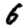
Digit: 6